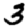
Digit: 3